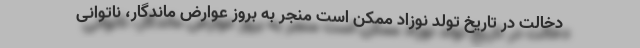
دخالت در تاریخ تولد نوزاد ممکن است منجر به بروز عوارض ماندگار، ناتوانی